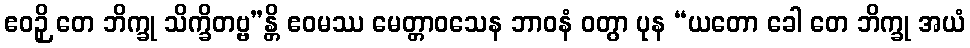
ဧဝဉှိ တေ ဘိက္ခု သိက္ခိတဗ္ဗ”န္တိ ဧဝမဿ မေတ္တာဝသေန ဘာဝနံ ဝတွာ ပုန “ယတော ခေါ တေ ဘိက္ခု အယံ